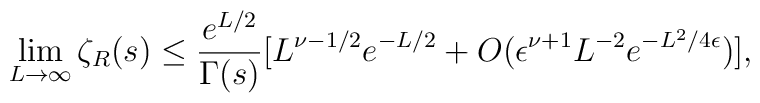
\lim_{L\to \infty} \zeta_R(s) \le {{e^{L/2}}\over {\Gamma(s)}}[     L^{\nu -1/2}e^{-L/2} + O( \epsilon^{\nu+1} L^{-2} e^{-L^2/4\epsilon})] ,